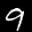
Label: 9